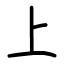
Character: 上